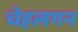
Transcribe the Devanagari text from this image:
चेहलगन